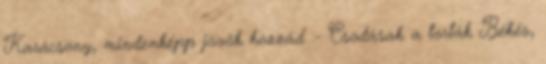
Karácsony, mindenképp jövök hozzád :- Csodásak a torták Békés,